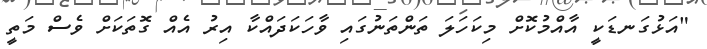
"އަޅުގަނޑަކީ އާއްމުކޮށް މިކަހަލަ ތަންތަނުގައި ވާހަކަދައްކާ އިރު އެއް ގޮތަކަށް ވެސް މަތީ